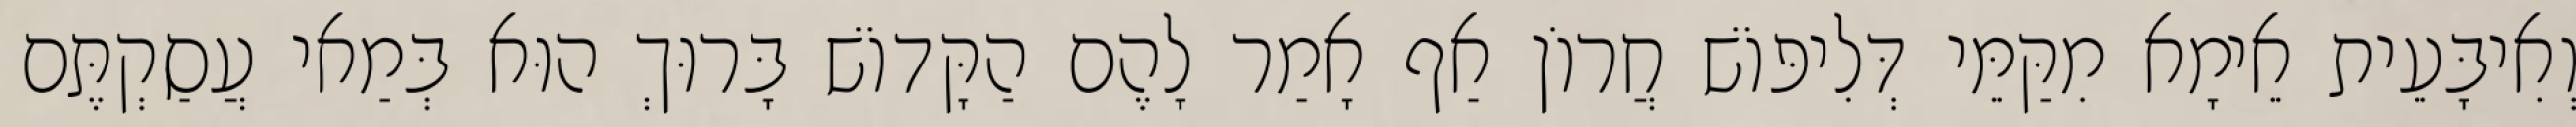
וְאִיבָּעֵית אֵימָא מִקַּמֵּי דְּלִיפּוֹשׁ חֲרוֹן אַף אָמַר לָהֶם הַקָּדוֹשׁ בָּרוּךְ הוּא בְּמַאי עֲסַקְתֶּם